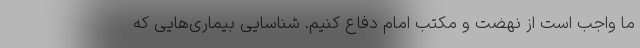
ما واجب است از نهضت و مکتب امام دفاع کنیم. شناسایی بیماری‌هایی که